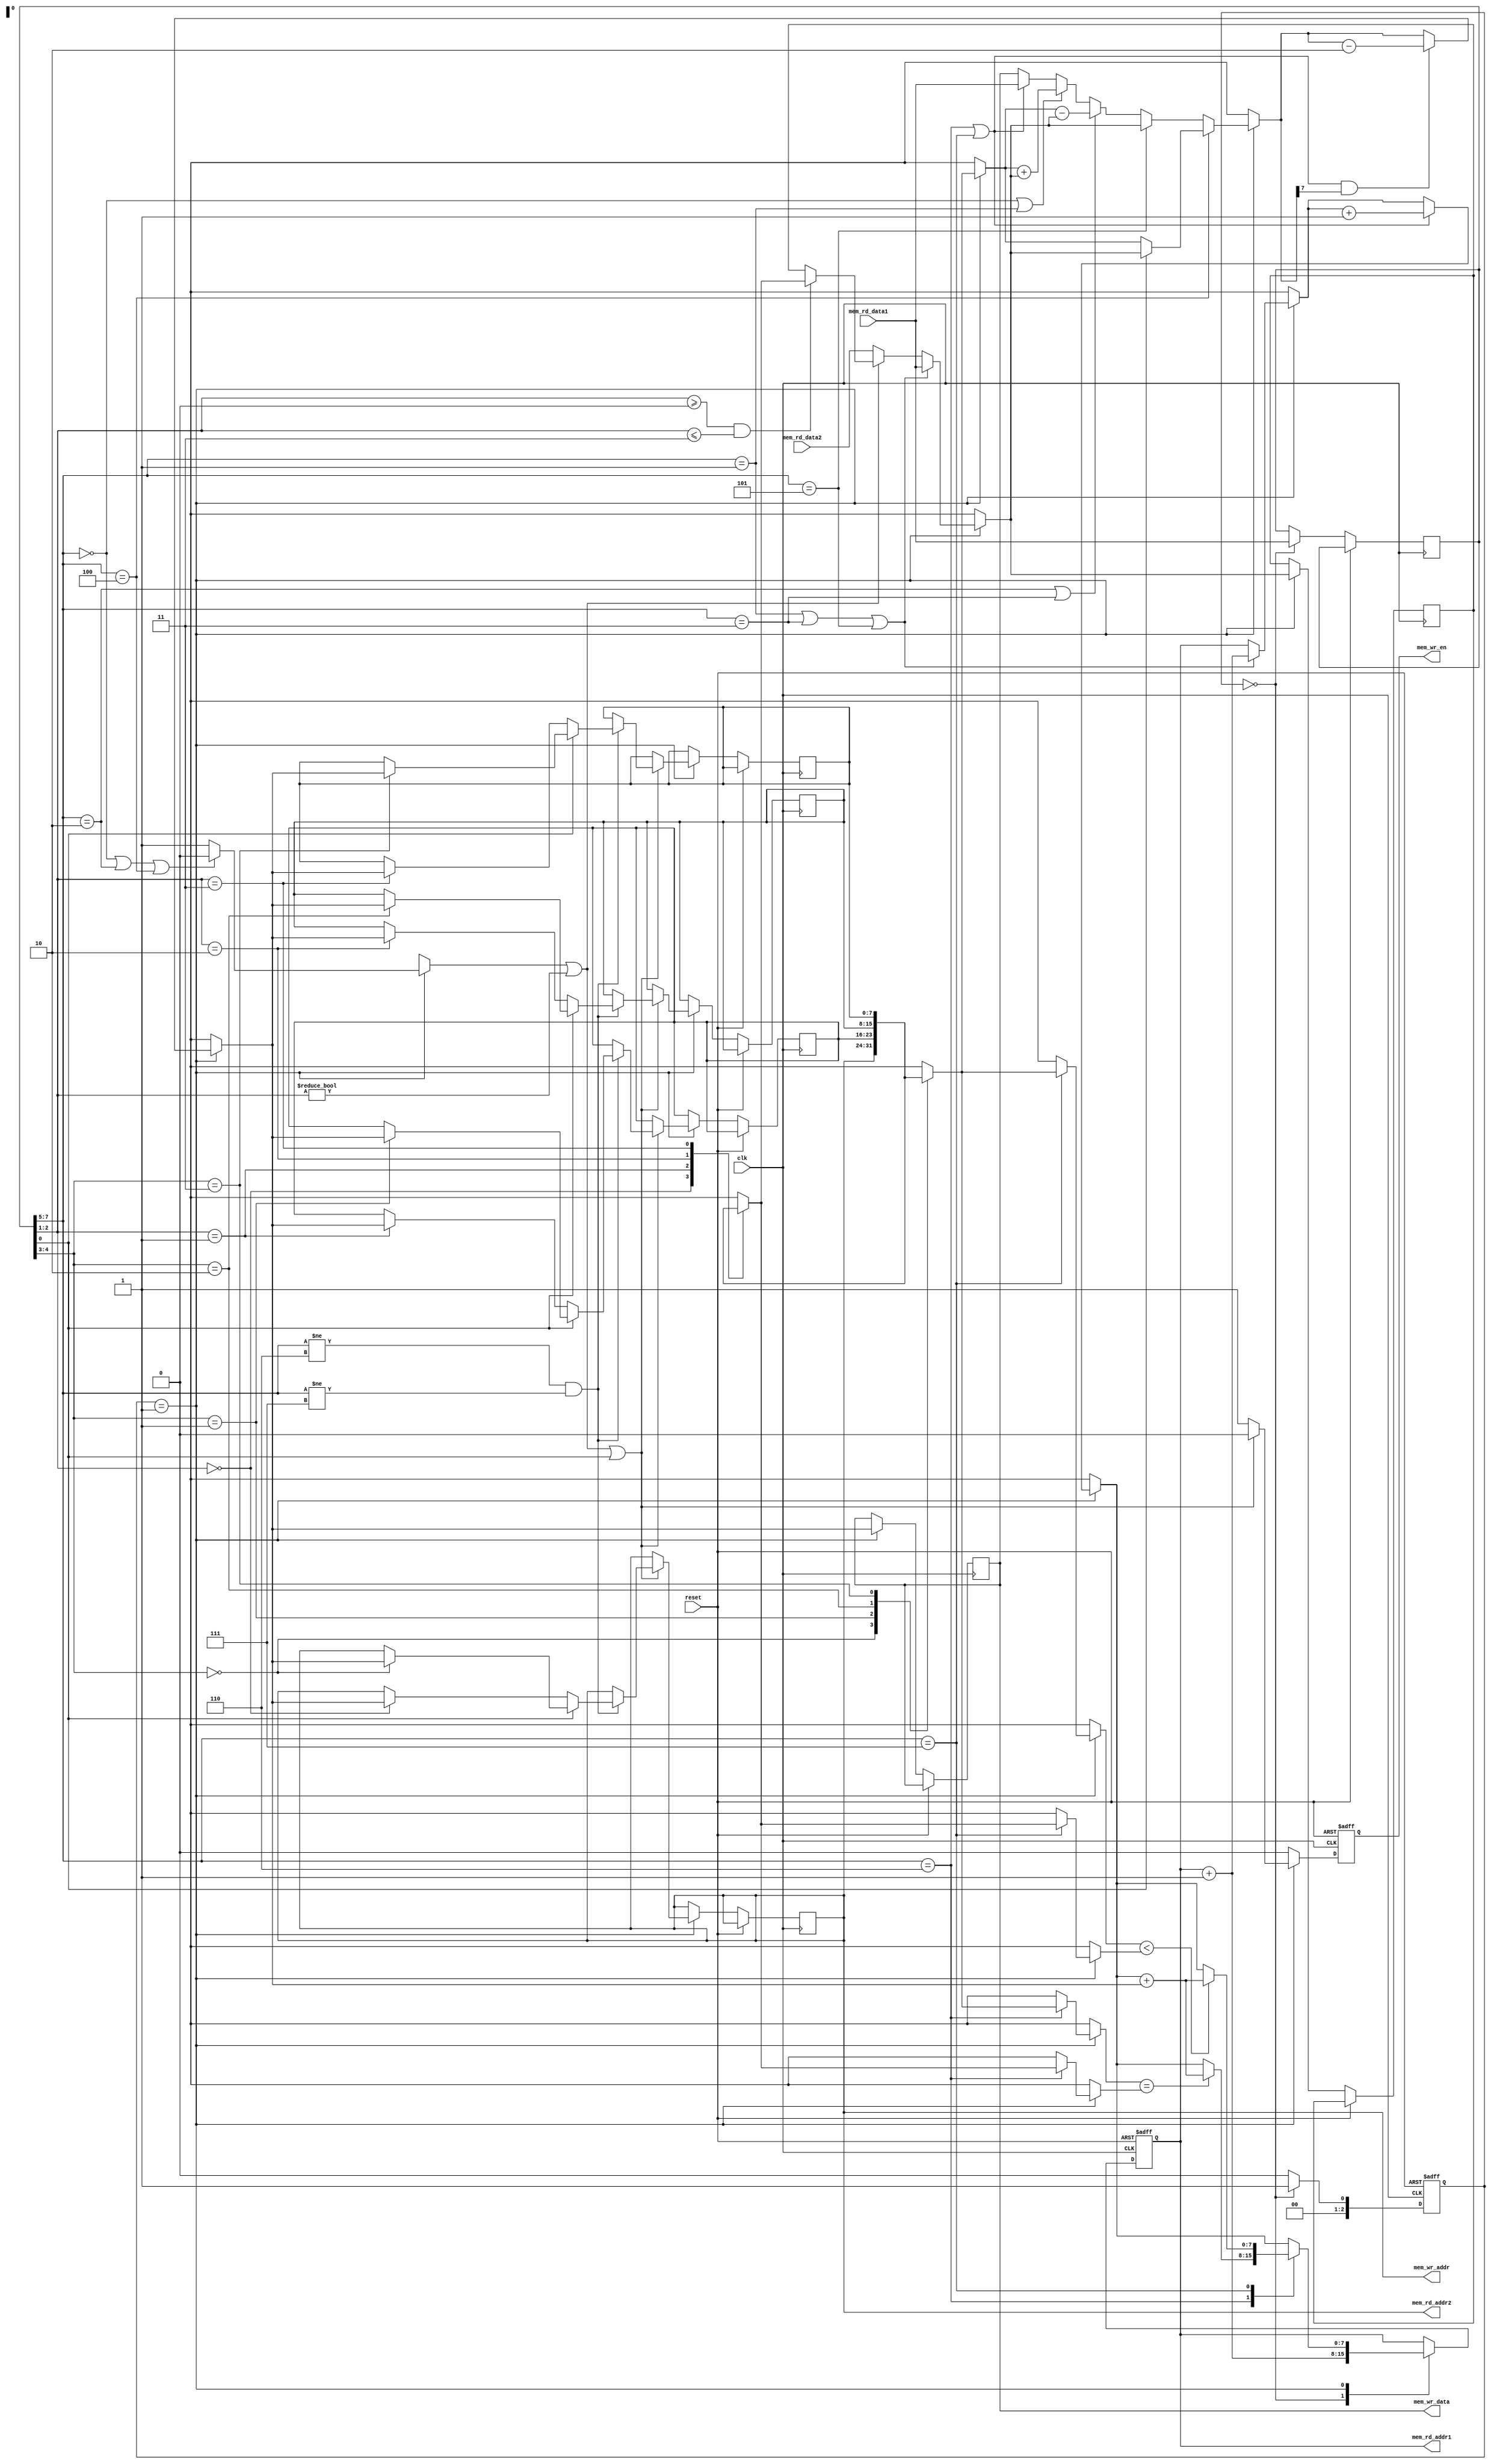
module w450(mem_wr_data, mem_wr_addr, mem_wr_en, mem_rd_data1, mem_rd_addr1,
	    mem_rd_data2, mem_rd_addr2, reset, clk);
   parameter n=8;
   output [n-1:0] mem_wr_data;
   output [n-1:0] mem_wr_addr;
   output 	  mem_wr_en;
   input [n-1:0]  mem_rd_data1;
   output [n-1:0] mem_rd_addr1;
   input [n-1:0]  mem_rd_data2;
   output [n-1:0] mem_rd_addr2;
   input 	  reset;
   input 	  clk;

   reg 		  mem_wr_en;

   parameter [2:0]
     st_if  = 3'b000,
     st_id  = 3'b001;
   // you'll need more states than this...

   parameter [3:0]
     opcode_add = 3'b000,
     opcode_addi = 3'b001,
     opcode_sub = 3'b010,
     opcode_subi = 3'b011,
     opcode_mov = 3'b100,
     opcode_movi = 3'b101,
     opcode_beq = 3'b110,
     opcode_blt = 3'b111;
   
   reg [2:0] 	  state;

   // processor regs
   reg [n-1:0] 	  PC; // program counter
   reg [n-1:0] 	  IR; // instruction register
   reg [n-1:0] 	  REG [3:0]; // general-purpose registers r0-r3

   // internal regs
   reg 		  ignore_reg0_indirect;
   reg [n-1:0] 	  operands[1:0]; // Resolved operands
   reg [n-1:0] 	  result; // ALU / Lresult register

   assign mem_rd_addr1 = PC; // read port 1 is for instructions
   assign mem_rd_addr2 = REG[0]; // read port 2 is for r0 indirect
   assign mem_wr_data = result;
   assign mem_wr_addr = REG[0];

   // useful for indexing in IR - modify as needed...
   parameter ir_opcode_hi = 7;
   parameter ir_opcode_lo = 5;
   parameter ir_reg1_hi = 4;
   parameter ir_reg1_lo = 3;
   parameter ir_reg0_hi = 2;
   parameter ir_reg0_lo = 1;
   parameter ir_dst = 0;

   wire [ir_opcode_hi - ir_opcode_lo : 0] 	  opcode;
   wire [ir_reg1_hi - ir_reg1_lo:0] 		  reg1;
   wire [ir_reg0_hi - ir_reg0_lo:0] 		  reg0;
   wire 					  dst;

   assign opcode = IR[ir_opcode_hi : ir_opcode_lo];
   assign reg1 = IR[ir_reg1_hi : ir_reg1_lo];
   assign reg0 = IR[ir_reg0_hi : ir_reg0_lo];
   assign dst = IR[ir_dst];

//   initial $monitor("time %4d PC %4h IR %8b r0 %4d r1 %4d r2 %4d r3 %4d rd2 %4d // opcode %3b op1 r%1d %8b(%4d) op0 r%1d (%8b)%4d ignore %1b",
//		    $time, PC, IR, REG[0], REG[1], REG[2], REG[3], mem_rd_data2, opcode, reg1, operands[1], operands[1], reg0, operands[0], operands[0], ignore_reg0_indirect);

   always@(posedge clk or posedge reset) begin // stages
      mem_wr_en = 0;
      
      if(reset) begin
	 state <= st_if;
	 PC <= 8'h 00;
      end
      else
	case(state)
	  st_if: begin
	     IR <= mem_rd_data1;
	     PC <= PC + 1;
	     state <= st_id;
	  end

	  st_id: begin
	     // Pre-configure
	     if(opcode == opcode_add ||
		opcode == opcode_sub ||
		opcode == opcode_mov)
	       ignore_reg0_indirect = 0;
	     else
	       ignore_reg0_indirect = 1;
	     
	     // Resolve operands
	     // Register indirect
	     if ( ignore_reg0_indirect || reg0 != 0 ) begin
	       if ( reg0 >= 0 && reg0 <= 3 ) operands[0] = REG[reg0];
	     end
	     else 
	       operands[0] = mem_rd_data2;

	     // Sync the rest of the program to ensure operands
	     operands[1] = REG[reg1];

	     // Execution

	     // Load immediate
	     if (opcode == opcode_addi ||
		 opcode == opcode_subi ||
		 opcode == opcode_movi) begin
		#21 operands[0] = mem_rd_data1;
		PC = PC + 1;
	     end

	     if (opcode == opcode_beq  ||
		 opcode == opcode_blt) begin
		#21 result = mem_rd_data1;
		PC = PC + 1;
	     end

	     if (opcode == opcode_add ||
		 opcode == opcode_addi)
	       result = operands[1] + operands[0];

	     if (opcode == opcode_sub ||
		 opcode == opcode_subi)
	       result = operands[1] - operands[0];

	     if (opcode == opcode_movi)
	       result = operands[0];

	     if (opcode == opcode_mov)
	       if (dst)
		 result = operands[0];
	       else
		 result = operands[1];

	     if ((opcode == opcode_beq ||
		  opcode == opcode_blt) &&
		 result[n - 1])
	       result = result - 2;
		
	     case(opcode)
	       opcode_beq:
		 if (REG[reg1] == REG[reg0])
		   PC <= PC + result;
	       opcode_blt:
		 if (REG[reg1] < REG[reg0])
		   PC <= PC + result;
	     endcase

	     // Write back
	     if (ignore_reg0_indirect || reg0 != 0 || dst) begin
		if (opcode != opcode_beq && opcode != opcode_blt )
		  if (dst == 0) REG[reg0] <= result;
		  else REG[reg1] <= result;
	     end
	     else
		mem_wr_en = 1;
	     
	     state <= st_if;
	  end

	  default: state <= st_if;
	endcase
   end
endmodule